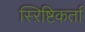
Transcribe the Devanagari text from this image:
स्ऱिष्टिकर्ता